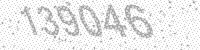
Solution: 139046